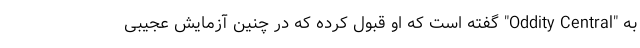
به "Oddity Central" گفته است که او قبول کرده که در چنین آزمایش عجیبی